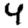
Digit: 4